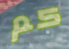
كم